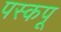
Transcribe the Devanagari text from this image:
पस्कपू